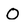
Character: O